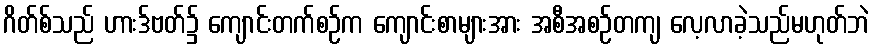
ဂိတ်စ်သည် ဟားဒ်ဗတ်၌ ကျောင်းတက်စဉ်က ကျောင်းစာများအား အစီအစဉ်တကျ လေ့လာခဲ့သည်မဟုတ်ဘဲ